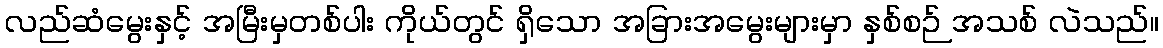
လည်ဆံမွေးနှင့် အမြီးမှတစ်ပါး ကိုယ်တွင် ရှိသော အခြားအမွေးများမှာ နှစ်စဉ် အသစ် လဲသည်။